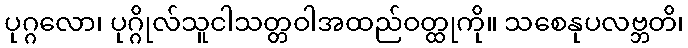
ပုဂ္ဂလော၊ ပုဂ္ဂိုလ်သူငါသတ္တဝါအထည်ဝတ္ထုကို။ သစေနုပလဗ္ဘတိ၊